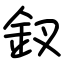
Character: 釵